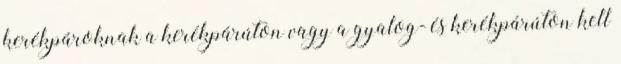
kerékpároknak a kerékpárúton vagy a gyalog- és kerékpárúton kell